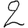
Digit: 2